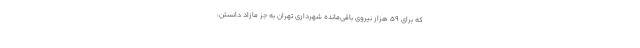
که برای ۵۹ هزار نیروی باقی‌مانده شهرداری تهران به جز مازاد دانستن،